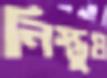
নিস্তুষ